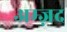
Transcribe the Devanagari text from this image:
अम्ज़द